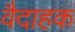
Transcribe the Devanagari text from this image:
वैदाहक